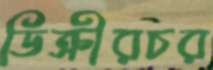
ডিক্রীরচর